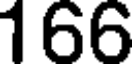
166